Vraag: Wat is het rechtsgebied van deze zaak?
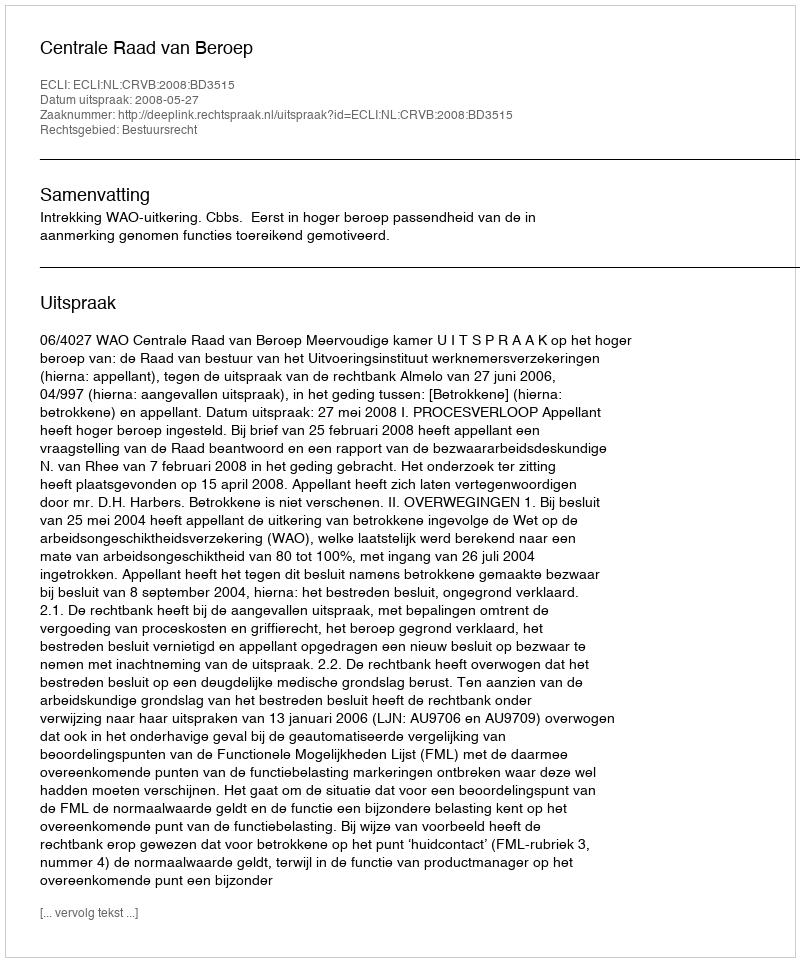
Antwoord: Bestuursrecht